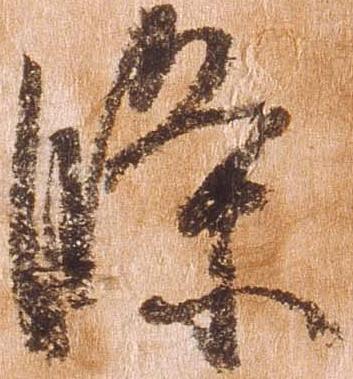
条